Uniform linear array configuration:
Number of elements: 32
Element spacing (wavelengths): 0.25
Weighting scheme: cosine
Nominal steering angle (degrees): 60
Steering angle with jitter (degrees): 59.399
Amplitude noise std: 0.05
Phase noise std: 0.05

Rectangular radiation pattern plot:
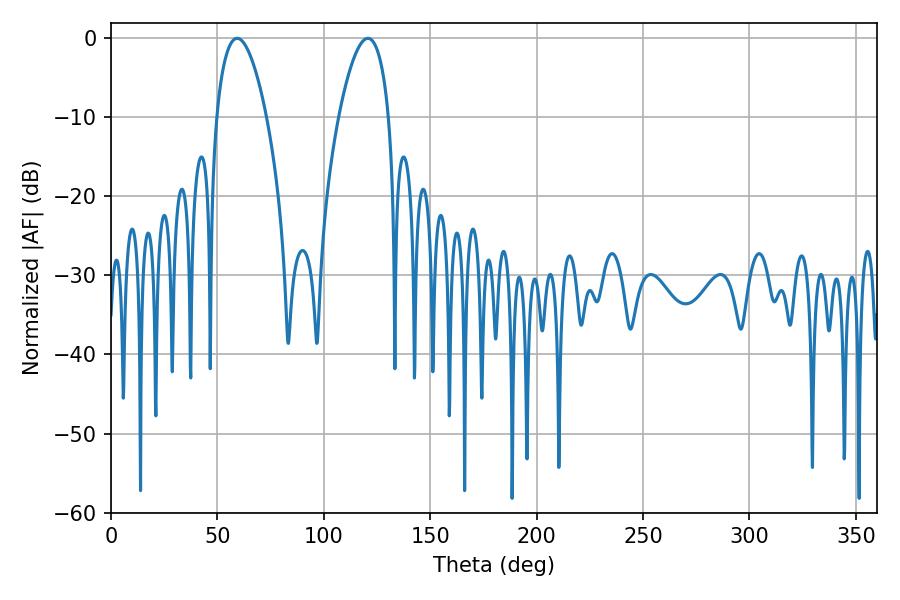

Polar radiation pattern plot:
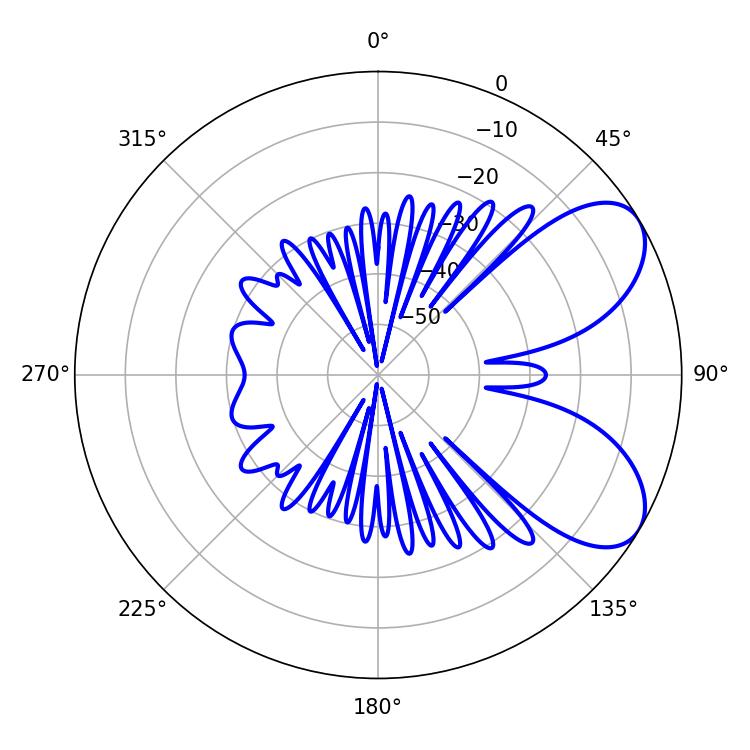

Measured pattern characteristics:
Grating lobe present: FALSE
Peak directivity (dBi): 6.747
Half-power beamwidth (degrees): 12.96
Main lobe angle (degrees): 59.22